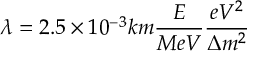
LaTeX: \lambda = 2 . 5 \times 1 0 ^ { - 3 } k m \frac { E } { M e V } \frac { e V ^ { 2 } } { \Delta m ^ { 2 } }